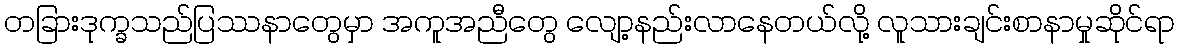
တခြားဒုက္ခသည်ပြဿနာတွေမှာ အကူအညီတွေ လျော့နည်းလာနေတယ်လို့ လူသားချင်းစာနာမှုဆိုင်ရာ